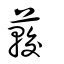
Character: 𦽨